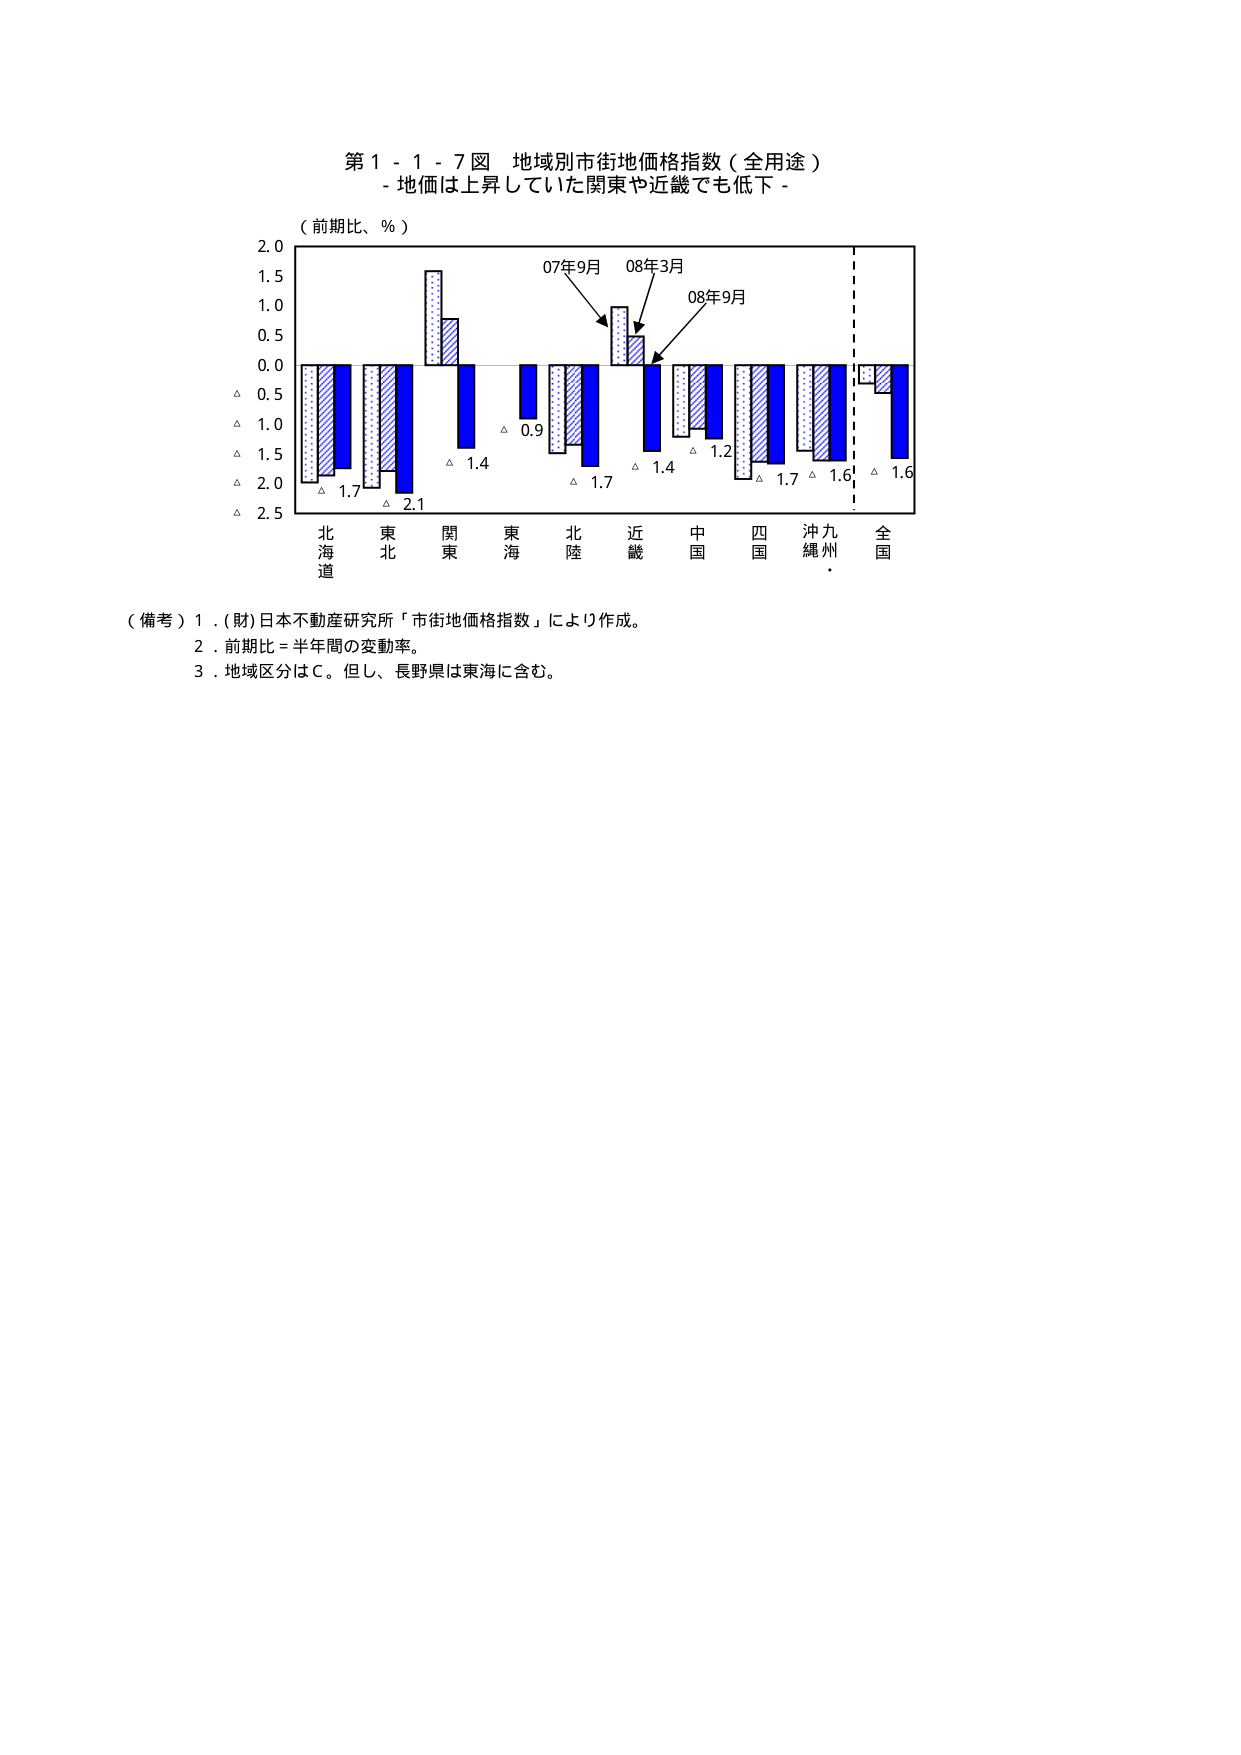
第１－１－７図 地域別市街地価格指数（全用途）
- 地価は上昇していた関東や近畿でも低下 -

（前期比、％）

2.0
1.5
1.0
0.5
0.0
△ 0.5
△ 1.0
△ 1.5
△ 2.0
△ 2.5

07年9月
08年3月
08年9月

△ 0.9
△ 1.4
△ 1.7
△ 1.4
△ 1.2
△ 1.7
△ 1.6
△ 1.6

北海道
東北
関東
東海
北陸
近畿
中国
四国
沖縄
九州
全国

（備考）
１．（財）日本不動産研究所「市街地価格指数」により作成。
２．前期比＝半年間の変動率。
３．地域区分はＣ。但し、長野県は東海に含む。